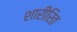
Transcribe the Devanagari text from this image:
शारीरित